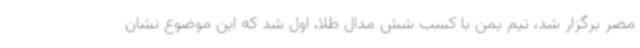
مصر برگزار شد، تیم یمن با کسب شش مدال طلا، اول شد که این موضوع نشان